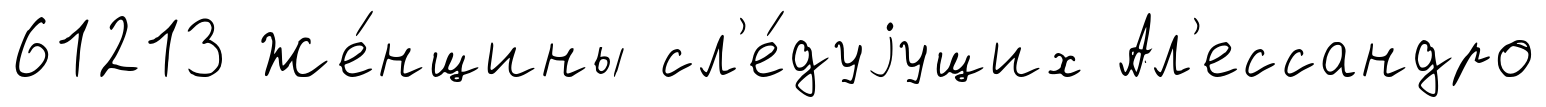
61213 Же́нщины сл'е́дуjущих Ал'ессандро